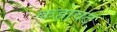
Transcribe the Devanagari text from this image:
कहावट